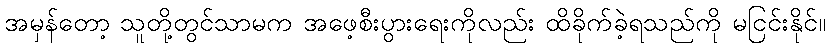
အမှန်တော့ သူတို့တွင်သာမက အဖေ့စီးပွားရေးကိုလည်း ထိခိုက်ခဲ့ရသည်ကို မငြင်းနိုင်။